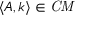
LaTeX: \langle A , k \rangle \in { \mathit { C M } }